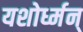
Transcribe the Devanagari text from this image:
यशोर्ध्मन्